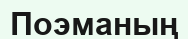
Поэманың